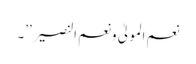
نعم المولیٰ ونعم النصیر’’۔